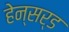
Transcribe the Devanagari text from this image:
हेन्सर्ड